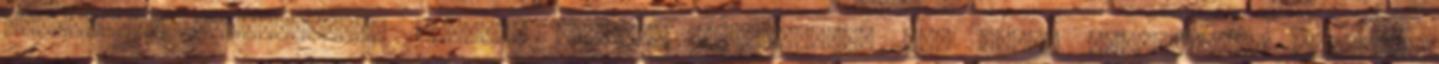
intimitása tiszteletben tartási jogának elismerése, nem lehet magánhelyen fotókat